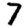
Digit: 7